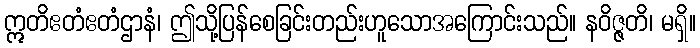
ဣတိဧတံဧတံဌာနံ၊ ဤသို့ပြန်စေခြင်းတည်းဟူသောအကြောင်းသည်။ နဝိဇ္ဇတိ၊ မရှိ။